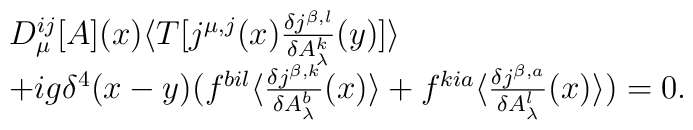
\begin{array}{l}D_{\mu}^{ij}[A](x)\langle T[j^{\mu ,j}(x)\frac{\delta j^{\beta,l}}{\delta A_{\lambda}^k}(y)]\rangle\\+ig\delta ^4(x-y)(f^{bil}\langle\frac{\delta j^{\beta,k}}{\delta A_{\lambda}^b}(x)\rangle+f^{kia}\langle\frac{\delta j^{\beta,a}}{\delta A_{\lambda}^l}(x)\rangle)=0.\end{array}